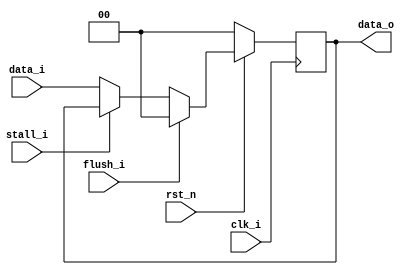
module Pipe_Reg(
    clk_i,
    rst_n,
    flush_i,
    stall_i,
    data_i,
    data_o
    );
                    
parameter size = 0;

input                  clk_i;          
input                  rst_n;
input                  flush_i;          
input                  stall_i;          
input      [size-1: 0] data_i;
output reg [size-1: 0] data_o;

reg      [size-1: 0] data_reg;
      
always @(posedge clk_i) begin
    data_reg <= data_i;
    if(rst_n == 1'b0) 
        data_reg <= {size{1'b0}};
    else if(flush_i == 1'b1) 
        data_reg <= {size{1'b0}};
    else if(stall_i)
        // data_reg unchange (for next cycle)
        data_reg <= data_reg;
end

always @(*) begin
    data_o = data_reg;
end

endmodule